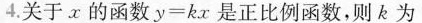
4.关于x的函数$$y = k x$$是正比例函数，则k为